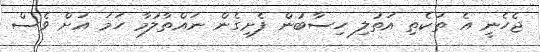
ޖެހެނީ އެ ތަކެތި އަތުލި ހިސާބުން ފެށިގެން ނައްތާލުމާ ހަމަ އަށް ވެސް